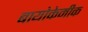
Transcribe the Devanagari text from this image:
बायोकेमीक